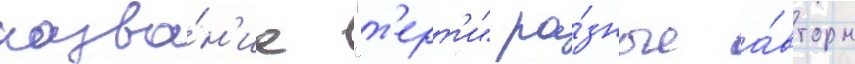
назва́н'ие "т'ерт'и" ра́зные а́вторы